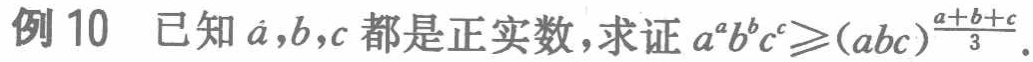
例 10 已知 \(a,b,c\) 都是正实数，求证 \(a^{a}b^{b}c^{c}\geqslant(abc)^{\frac{a + b + c}{3}}\) .